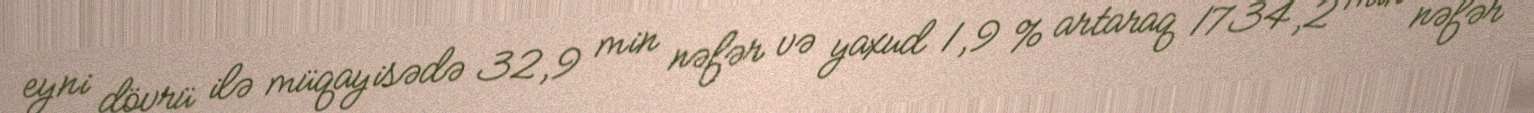
eyni dövrü ilə müqayisədə 32,9 min nəfər və yaxud 1,9 % artaraq 1734,2 min nəfər